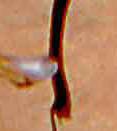
し